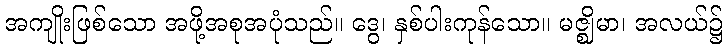
အကျိုးဖြစ်သော အဖို့အစုအပုံသည်။ ဒွေ၊ နှစ်ပါးကုန်သော။ မဇ္ဈိမာ၊ အလယ်၌